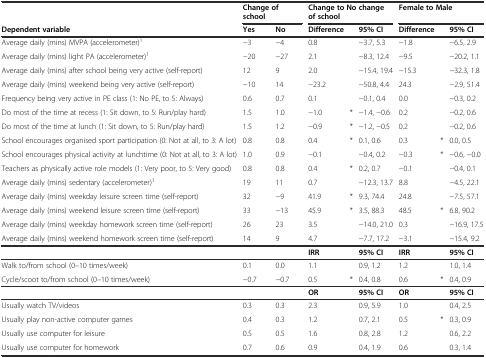
<table><thead><tr><td></td><td colspan="2"><b>Change of school</b></td><td colspan="3"><b>Change to No change of school</b></td><td colspan="3"><b>Female to Male</b></td></tr><tr><td><b>Dependent variable</b></td><td><b>Yes</b></td><td><b>No</b></td><td><b>Difference</b></td><td></td><td><b>95% CI</b></td><td><b>Difference</b></td><td></td><td><b>95% CI</b></td></tr></thead><tbody><tr><td>Average daily (mins) MVPA (accelerometer)<sup>1</sup></td><td>−3</td><td>−4</td><td>0.8</td><td></td><td>−3.7, 5.3</td><td>−1.8</td><td></td><td>−6.5, 2.9</td></tr><tr><td>Average daily (mins) light PA (accelerometer)<sup>1</sup></td><td>−20</td><td>−27</td><td>2.1</td><td></td><td>−8.3, 12.4</td><td>−9.5</td><td></td><td>−20.2, 1.1</td></tr><tr><td>Average daily (mins) after school being very active (self-report)</td><td>12</td><td>9</td><td>2.0</td><td></td><td>−15.4, 19.4</td><td>−15.3</td><td></td><td>−32.3, 1.8</td></tr><tr><td>Average daily (mins) weekend being very active (self-report)</td><td>−10</td><td>14</td><td>−23.2</td><td></td><td>−50.8, 4.4</td><td>24.3</td><td></td><td>−2.9, 51.4</td></tr><tr><td>Frequency being very active in PE class (1: No PE, to 5: Always)</td><td>0.6</td><td>0.7</td><td>0.1</td><td></td><td>−0.1, 0.4</td><td>0.0</td><td></td><td>−0.3, 0.2</td></tr><tr><td>Do most of the time at recess (1: Sit down, to 5: Run/play hard)</td><td>1.5</td><td>1.0</td><td>−1.0</td><td>*</td><td>−1.4, −0.6</td><td>0.2</td><td></td><td>−0.2, 0.6</td></tr><tr><td>Do most of the time at lunch (1: Sit down, to 5: Run/play hard)</td><td>1.5</td><td>1.2</td><td>−0.9</td><td>*</td><td>−1.2, −0.5</td><td>0.2</td><td></td><td>−0.2, 0.6</td></tr><tr><td>School encourages organised sport participation (0: Not at all, to 3: A lot)</td><td>0.8</td><td>0.8</td><td>0.4</td><td>*</td><td>0.1, 0.6</td><td>0.3</td><td>*</td><td>0.0, 0.5</td></tr><tr><td>School encourages physical activity at lunchtime (0: Not at all, to 3: A lot)</td><td>1.0</td><td>0.9</td><td>−0.1</td><td></td><td>−0.4, 0.2</td><td>−0.3</td><td>*</td><td>−0.6, −0.0</td></tr><tr><td>Teachers as physically active role models (1: Very poor, to 5: Very good)</td><td>0.8</td><td>0.8</td><td>0.4</td><td>*</td><td>0.2, 0.7</td><td>−0.1</td><td></td><td>−0.4, 0.1</td></tr><tr><td>Average daily (mins) sedentary (accelerometer)<sup>1</sup></td><td>19</td><td>11</td><td>0.7</td><td></td><td>−12.3, 13.7</td><td>8.8</td><td></td><td>−4.5, 22.1</td></tr><tr><td>Average daily (mins) weekday leisure screen time (self-report)</td><td>32</td><td>−9</td><td>41.9</td><td>*</td><td>9.3, 74.4</td><td>24.8</td><td></td><td>−7.5, 57.1</td></tr><tr><td>Average daily (mins) weekend leisure screen time (self-report)</td><td>33</td><td>−13</td><td>45.9</td><td>*</td><td>3.5, 88.3</td><td>48.5</td><td>*</td><td>6.8, 90.2</td></tr><tr><td>Average daily (mins) weekday homework screen time (self-report)</td><td>26</td><td>23</td><td>3.5</td><td></td><td>−14.0, 21.0</td><td>0.3</td><td></td><td>−16.9, 17.5</td></tr><tr><td>Average daily (mins) weekend homework screen time (self-report)</td><td>14</td><td>9</td><td>4.7</td><td></td><td>−7.7, 17.2</td><td>−3.1</td><td></td><td>−15.4, 9.2</td></tr><tr><td></td><td></td><td></td><td><b>IRR</b></td><td></td><td><b>95% CI</b></td><td><b>IRR</b></td><td></td><td><b>95% CI</b></td></tr><tr><td>Walk to/from school (0–10 times/week)</td><td>0.1</td><td>0.0</td><td>1.1</td><td></td><td>0.9, 1.2</td><td>1.2</td><td></td><td>1.0, 1.4</td></tr><tr><td>Cycle/scoot to/from school (0–10 times/week)</td><td>−0.7</td><td>−0.7</td><td>0.5</td><td>*</td><td>0.4, 0.8</td><td>0.6</td><td>*</td><td>0.4, 0.9</td></tr><tr><td></td><td></td><td></td><td><b>OR</b></td><td></td><td><b>95% CI</b></td><td><b>OR</b></td><td></td><td><b>95% CI</b></td></tr><tr><td>Usually watch TV/videos</td><td>0.3</td><td>0.3</td><td>2.3</td><td></td><td>0.9, 5.9</td><td>1.0</td><td></td><td>0.4, 2.5</td></tr><tr><td>Usually play non-active computer games</td><td>0.4</td><td>0.3</td><td>1.2</td><td></td><td>0.7, 2.1</td><td>0.5</td><td>*</td><td>0.3, 0.9</td></tr><tr><td>Usually use computer for leisure</td><td>0.5</td><td>0.5</td><td>1.6</td><td></td><td>0.8, 2.8</td><td>1.2</td><td></td><td>0.6, 2.2</td></tr><tr><td>Usually use computer for homework</td><td>0.7</td><td>0.6</td><td>0.9</td><td></td><td>0.4, 1.9</td><td>0.6</td><td></td><td>0.3, 1.4</td></tr></tbody></table>